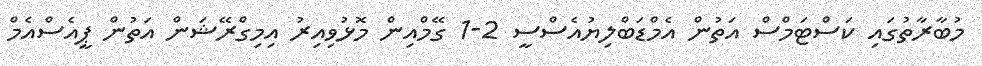
މުބާރާތުގައި ކަސްޓަމްސް އަތުން އެމްޑަބްލިޔުއެސްސީ 2-1 ގޭމްއިން މޮޅުވިއިރު އިމިގްރޭޝަން އަތުން ޕީއެސްއެމް